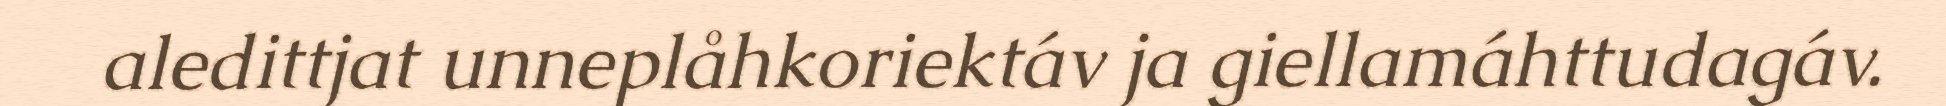
aledittjat unneplåhkoriektáv ja giellamáhttudagáv.